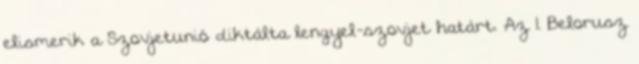
elismerik a Szovjetunió diktálta lengyel-szovjet határt. Az 1. Belorusz